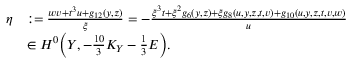
\begin{array} { r l } { \eta } & { : = \frac { w v + t ^ { 3 } u + g _ { 1 2 } ( y , z ) } { \xi } = - \frac { \xi ^ { 3 } t + \xi ^ { 2 } g _ { 6 } ( y , z ) + \xi g _ { 8 } ( u , y , z , t , v ) + g _ { 1 0 } ( u , y , z , t , v , w ) } { u } } \\ & { \in H ^ { 0 } \bigg ( Y , - \frac { 1 0 } { 3 } K _ { Y } - \frac { 1 } { 3 } E \bigg ) . } \end{array}